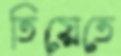
তিয়েতে